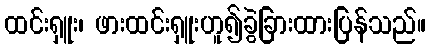
ထင်းရှူး၊ ဖားထင်းရှူးဟူ၍ခွဲခြားထားပြန်သည်။